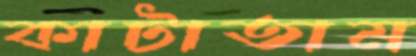
কাটাতাম